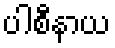
ပါစီနာယ